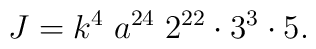
J= k^4\; a^{24}\; 2^{22}\cdot 3^3 \cdot 5.